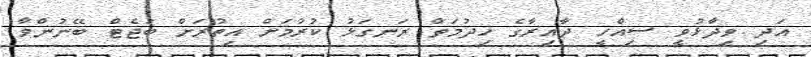
އަދި ވިދާޅުވީ ސިއްހީ ދާއިރާގެ ހިދުމަތް ރަނގަޅު ކުރުމަށް އިތުރަށް ބަޖެޓް ބޭނުންވާ